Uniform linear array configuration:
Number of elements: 24
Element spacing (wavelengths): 0.5
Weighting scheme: uniform
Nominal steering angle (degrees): -15
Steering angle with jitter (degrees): -14.91
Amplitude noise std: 0.05
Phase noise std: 0.05

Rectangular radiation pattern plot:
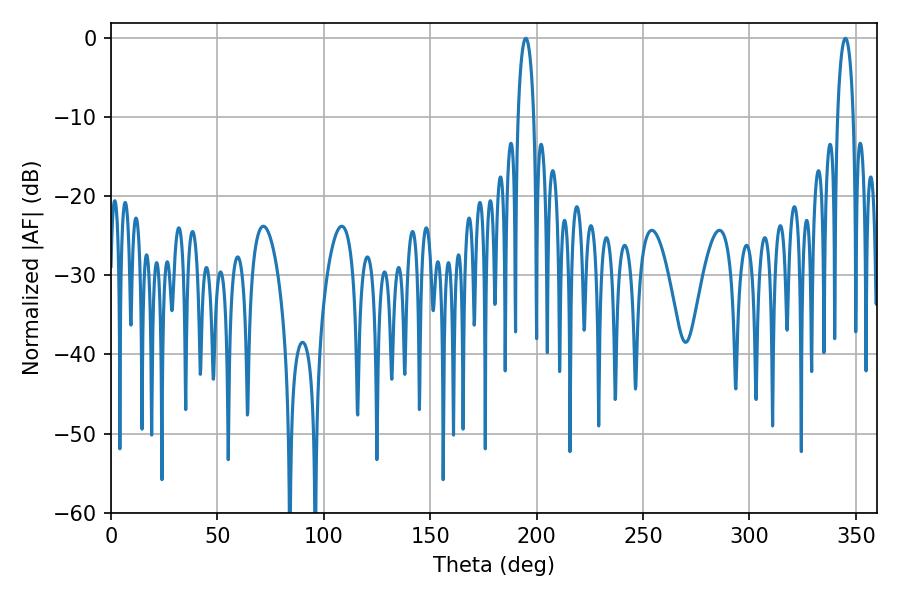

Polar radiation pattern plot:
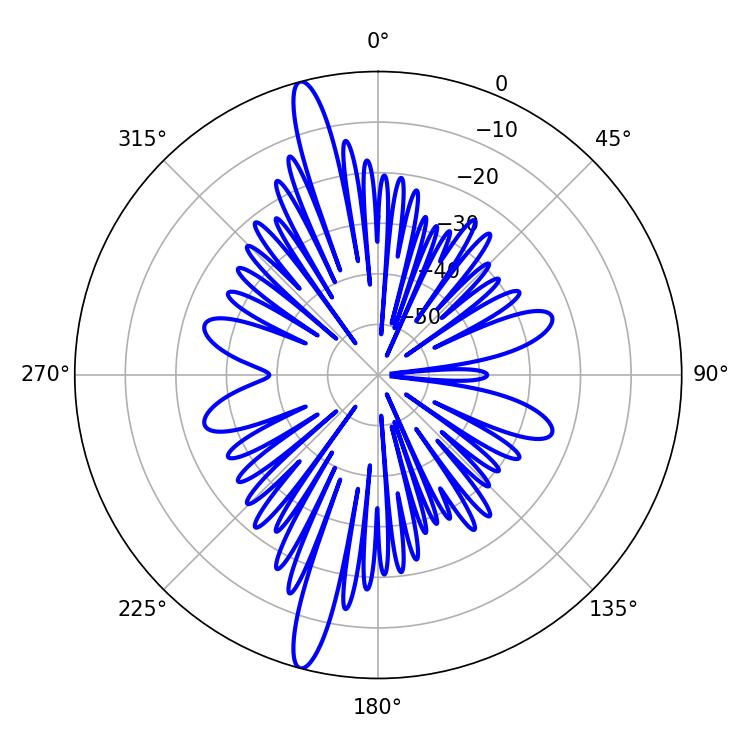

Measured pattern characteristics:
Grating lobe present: FALSE
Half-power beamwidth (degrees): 4.32
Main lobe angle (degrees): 194.94